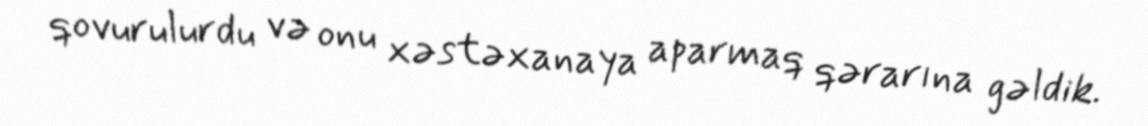
qovurulurdu və onu xəstəxanaya aparmaq qərarına gəldik.